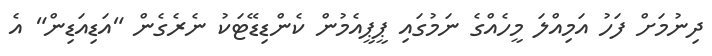
ދިނުމަށް ފަހު އަމިއްލަ މީހެއްގެ ނަމުގައި ޕީޕީއެމުން ކެންޑިޑޭޓަކު ނެރެގެން "އަޑިއަޑިން" އެ